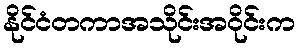
နိုင်ငံတကာအသိုင်းအဝိုင်းက